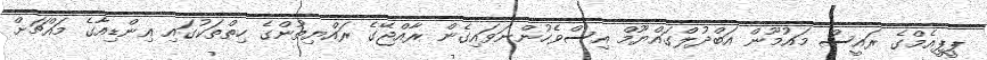
ޕީޕީއެމްގެ ރައީސް މައުމޫން އަބްދުލްގައްޔޫމް އިސްވެހުންނަވައިގެން ރާއްޖޭގެ ރައްޔިތުންގެ ހިތްތަކުގައި އިންޑިއާގެ މައްޗަށް